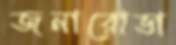
জনারোভা